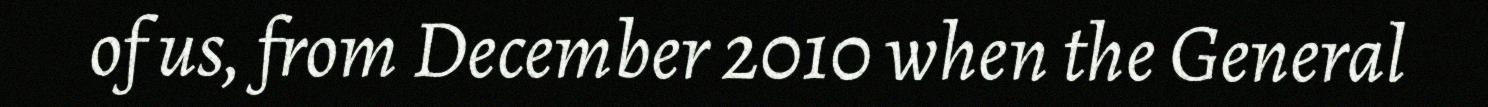
of us, from December 2010 when the General